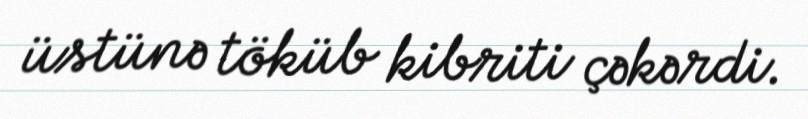
üstünə töküb kibriti çəkərdi.